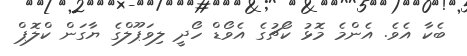
ބެކާ އެވެ. އެންމެ މޮޅު ކޯޗުގެ އެވޯޑް ހޯދީ ލިވަޕޫލްގެ ޔާގަން ކްލޮޕް